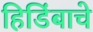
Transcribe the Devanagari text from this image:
हिडिंबाचे